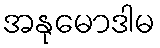
အနုမောဒါမ